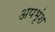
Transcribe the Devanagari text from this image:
अपभृंश